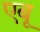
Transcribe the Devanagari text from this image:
एबू